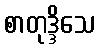
စာတုဒ္ဒိသေ